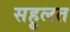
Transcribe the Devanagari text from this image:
सहूलत